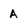
Character: A